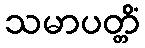
သမာပတ္တိံ